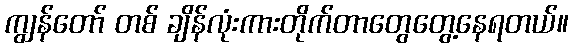
ကျွန်တော် တစ် ချိန်လုံးကားတိုက်တာတွေတွေ့နေရတယ်။